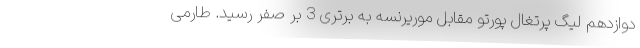
دوازدهم لیگ پرتغال پورتو مقابل موریرنسه به برتری 3 بر صفر رسید. طارمی